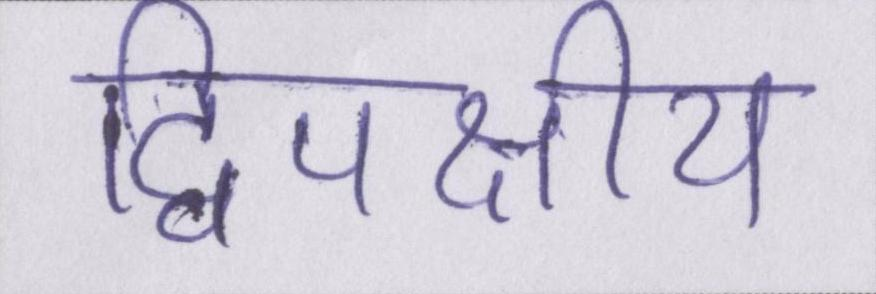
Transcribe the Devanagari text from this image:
द्विपक्षीय